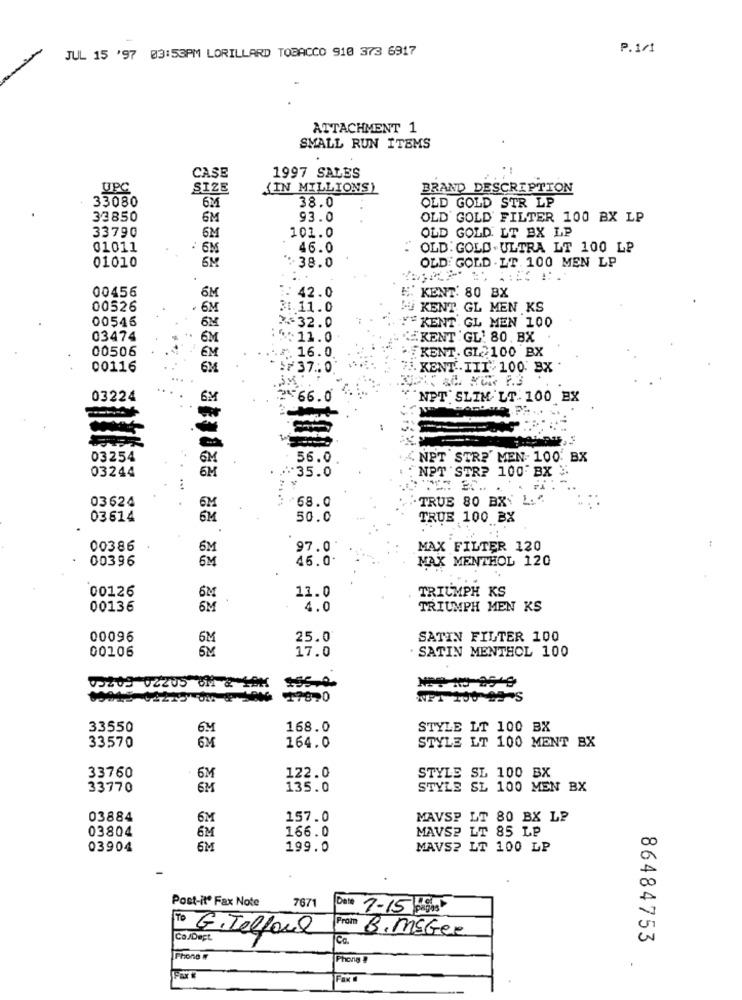
JUL 15 '97 03:53PM LORILLARD TOBACCO 918 373 6917
P. 1/1
ATTACHMENT 1
SMALL RUN ITEMS
CASE
1997 SALES
UPC
SIZE
(IN MILLIONS)
BRAND DESCRIPTION
33080
6M
38.0
OLD GOLD STR LP
33850
6M
93.0
OLD GOLD FILTER 100 BX LP
33790
SM
101.0
OLD GOLD. LT BX LP
01011
. 6M
46.0
OLD: GOLD . ULTRA LT 100 LP
01010
5M
OLD GOLD . LT. 100 MEN LP
:38.0
00456
6M
: 42.0
" KENT' 80 BX
00526
. 6M
31.11.0
! KENT GL MEN KS
00546
6M
YKENT GL MEN 100
2-32.0
03474
*: 6M
:11.0
EKENT GL. 80. BX
00506
EM
. 16.0
KENT. GL 100 BX
00116
6M
₩ 37.0
J. KENT .. III .100. BX
03224
6M
566.0
NPT; SLIM LT. 100 EX
03254
6M
56.0
NPT STRE' MEN- 100: BX
03244
35.0
: NPT "STR? 100"BX "
6M
03624
.68.0
TRUE 80 BX: L."
03614
6M
50.0
TRUE 100 BX
.
00386
6M
97.0'
MAX FILTER 120
:
00396
6 M
46.0.
MAX MENTHOL 120
00126
11.0
TRIUMPH KS
6M
00136
6M
4.0
TRIUMPH MEN KS
00096
5M
25.0
SATIN FILTER 100
00106
6M
. SATIN MENTHOL 100
17.0
00203 02205 CM & 1AM $55.2.
33550
6.M
168.0
STYLE LT 100 BX
STYLE LT 100 MENT BX
33570
164.0
33760
6M
122.0
STYLE SL 100 BX
33770
6M
135.0
STYLE SL 100 MEN BX
03884
6M
157.0
MAVSP LT 80 BX LP
03804
6M
166.0
MAVS2 LT 85 LP
03904
6M
199.0
MAVS? LT 100 LP
Post-itº Fax Note
7671
Date
7-15 pagos
From
To G.Telfaul
B. MEGer
Co/Dept.
Ca.
86484753
Phone #
Phone !